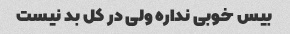
بیس خوبی نداره ولی در کل بد نیست